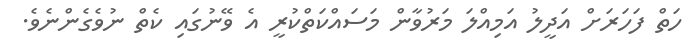
ހަތް ފަހަރަށް އަދީލު އަމިއްލަ މަރުވާން މަސައްކަތްކުރީ އެ ވޭނުގައި ކެތް ނުވެގެންނެވެ.